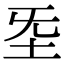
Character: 𡉙